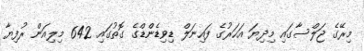
މިރޭގެ ޖަލްސާގައި މިދިޔަ އަހަރުގެ ފައިނަލް ޑިވިޑެންޑްގެ ގޮތުގައި 642 މިލިއަން ރުފިޔާ